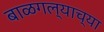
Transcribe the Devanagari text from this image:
बाळगल्याच्या